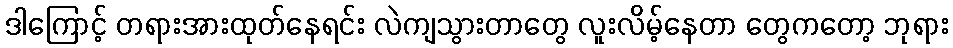
ဒါကြောင့် တရားအားထုတ်နေရင်း လဲကျသွားတာတွေ လူးလိမ့်နေတာ တွေကတော့ ဘုရား